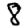
Digit: 8